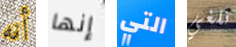
أنه إنها التي نلغي